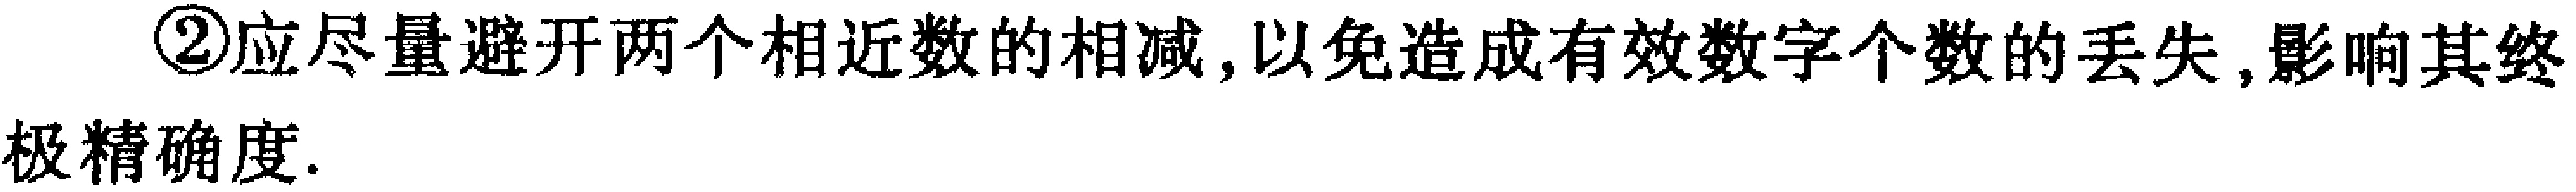
\textcircled{2}应尽量避开两个相近数的相减,以免造成有效数字个数的丢失,影响其终极精确度.